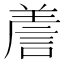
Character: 𧨁